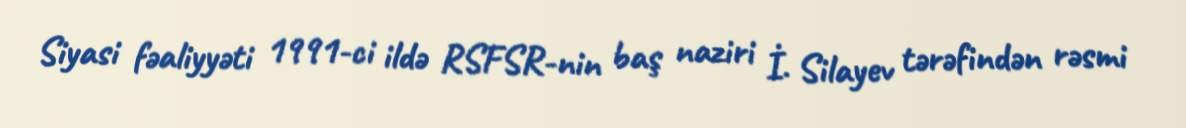
Siyasi fəaliyyəti 1991-ci ildə RSFSR-nin baş naziri İ. Silayev tərəfindən rəsmi